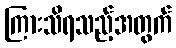
ကြားသိရသည့်အတွက်